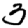
Digit: 3